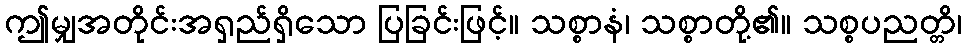
ဤမျှအတိုင်းအရှည်ရှိသော ပြခြင်းဖြင့်။ သစ္စာနံ၊ သစ္စာတို့၏။ သစ္စပညတ္တိ၊